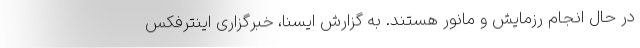
در حال انجام رزمایش و مانور هستند. به گزارش ایسنا، خبرگزاری اینترفکس